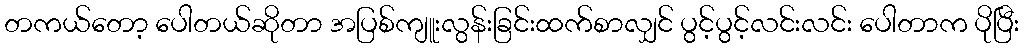
တကယ်တော့ ပေါတယ်ဆိုတာ အပြစ်ကျူးလွန်းခြင်းထက်စာလျှင် ပွင့်ပွင့်လင်းလင်း ပေါတာက ပိုပြီး